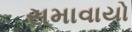
સમાવાયો